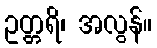
ဥတ္တရိ၊ အလွန်။